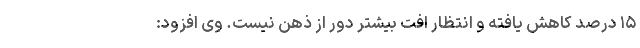
۱۵ درصد کاهش یافته و انتظار افت بیشتر دور از ذهن نیست. وی افزود: